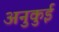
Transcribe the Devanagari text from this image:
अनुकुई